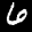
Label: 6